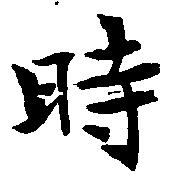
時